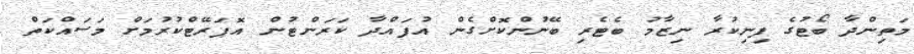
މަތިންދާ ބޯޓުގެ ފިނިކުރާ ނިޒާމު ބެޓެރި ބޭނުންކޮށްގެން އުފައްދާ ކަރަންޓުން އޮޕަރޭޓްކުރުމަށް މަސައްކަތް